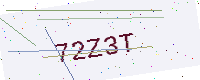
Text: 72Z3T